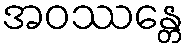
အဝဿန္တေ